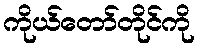
ကိုယ်တော်တိုင်ကို